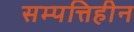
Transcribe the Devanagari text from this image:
सम्पत्तिहीन